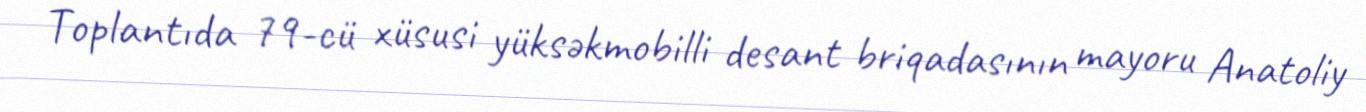
Toplantıda 79-cü xüsusi yüksəkmobilli desant briqadasının mayoru Anatoliy